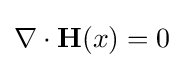
\nabla \cdot \mathbf {H} (x)=0